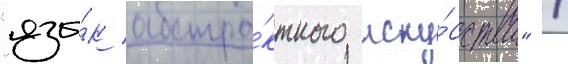
"язы́к абстра́ктного иску́сства" /